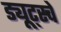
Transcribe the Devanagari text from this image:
ड्यूट्स्चे